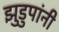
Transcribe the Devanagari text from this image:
झुडुपांनी